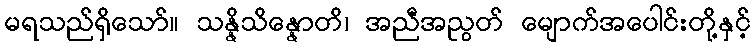
မရသည်ရှိသော်။ သန္နိသိန္နောတိ၊ အညီအညွတ် မျောက်အပေါင်းတို့နှင့်